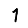
Digit: 1